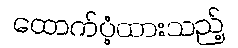
ထောက်ပံ့ထားသည့်